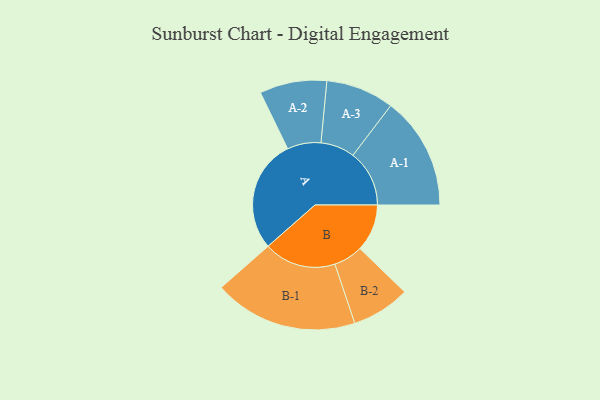
{"axis": {"x": "Segment", "y": "Value"}, "legend": ["", "A", "B"], "data": [{"x": "A", "y": 440, "type": ""}, {"x": "B", "y": 184, "type": ""}, {"x": "A-1", "y": 220, "type": "A"}, {"x": "A-2", "y": 131, "type": "A"}, {"x": "A-3", "y": 133, "type": "A"}, {"x": "B-1", "y": 281, "type": "B"}, {"x": "B-2", "y": 114, "type": "B"}]}